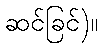
ဆင်ခြင်)။